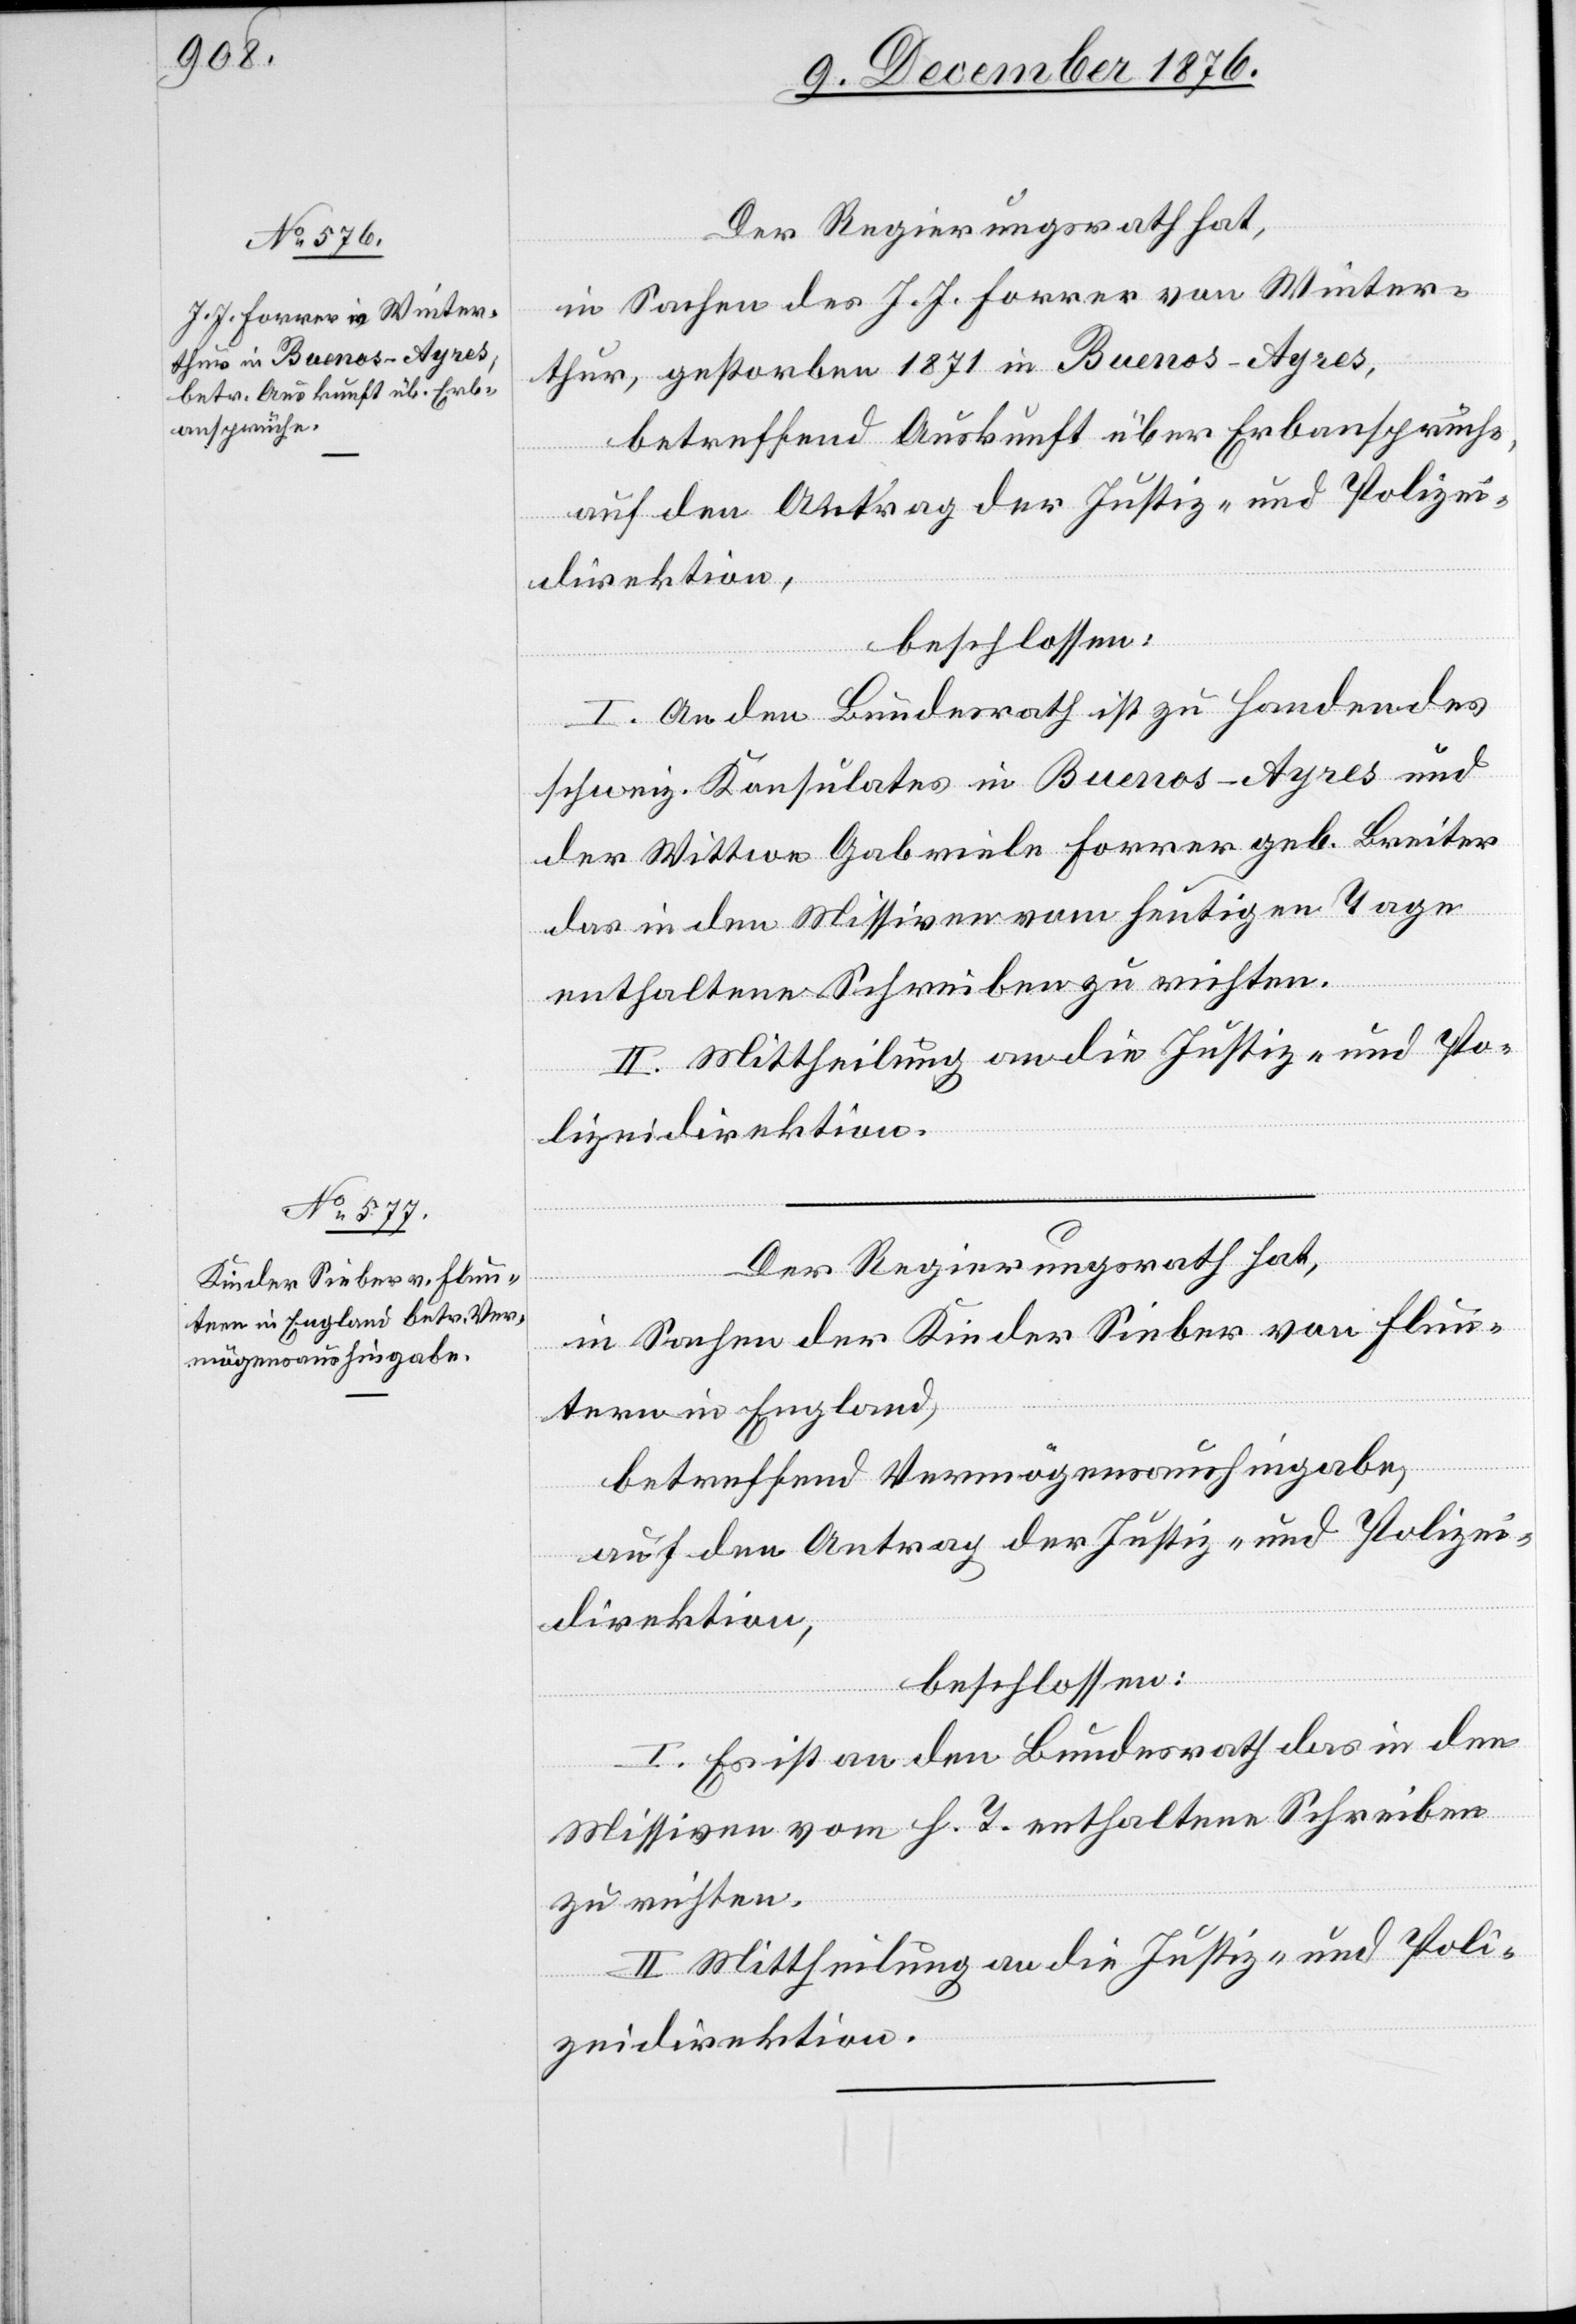
Der Regierungsrath hat,
in Sachen der J. J. Forrer von Winter¬
thur, gestorben 1871 in Buenos-Ayres,
betreffend Auskunft über Erbansprüche,
auf den Antrag der Justiz- und Polizei¬
direktion,
beschlossen:
I. An den Bundesrath ist zu Handen des
schweiz. Konsulates in Buenos-Ayres und
der Wittwe Gabriele Forrer geb. Breiter
das in den Missiven vom heutigen Tage
enthaltene Schreiben zu richten.
II. Mittheilung an die Justiz- und Po¬
lizeidirektion.
Der Regierungsrath hat,
in Sachen der Kinder Sieber von Flun¬
tern in England,
betreffend Vermögensaushingabe,
auf den Antrag der Justiz- und Polizei¬
direktion,
beschlossen:
I. Es ist an den Bundesrath das in den
Missiven vom h. T. enthaltene Schreiben
zu richten.
II. Mittheilung an die Justiz- und Poli¬
zeidirektion.